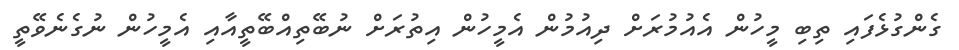
ގެންގުޅެފައި ތިބި މީހުން އެއުމުރަށް ދިއުމުން އެމީހުން އިތުރަށް ނުބޭތިއްބޭތީއާއި އެމީހުން ނުގެނެވޭތީ